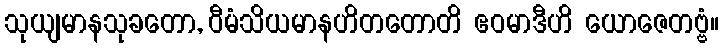
သုယျမာနသုခတော, ဝီမံသိယမာနဟိတတောတိ ဧဝမာဒီဟိ ယောဇေတဗ္ဗံ။